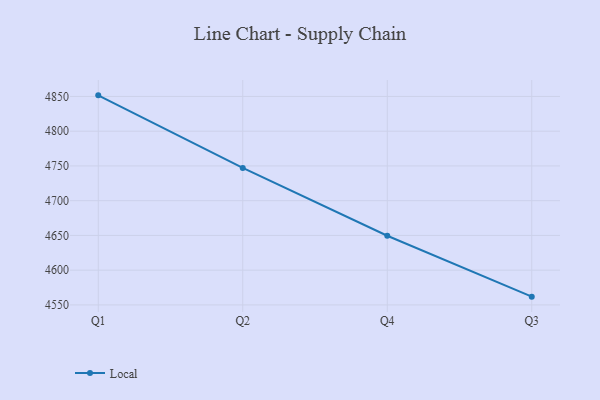
{"axis": {"x": "Quarter", "y": "Shipments"}, "legend": ["Local"], "data": [{"x": "Q1", "y": 4851.6, "type": "Local"}, {"x": "Q2", "y": 4747.1, "type": "Local"}, {"x": "Q4", "y": 4649.5, "type": "Local"}, {"x": "Q3", "y": 4561.9, "type": "Local"}]}